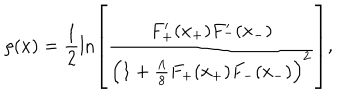
LaTeX: \rho ( x ) = \frac { 1 } { 2 } \ln \left[ \frac { F _ { + } ^ { \prime } ( x _ { + } ) F _ { - } ^ { \prime } ( x _ { - } ) } { \left( 1 + \frac { \Lambda } { 8 } F _ { + } ( x _ { + } ) F _ { - } ( x _ { - } ) \right) ^ { 2 } } \right] ,